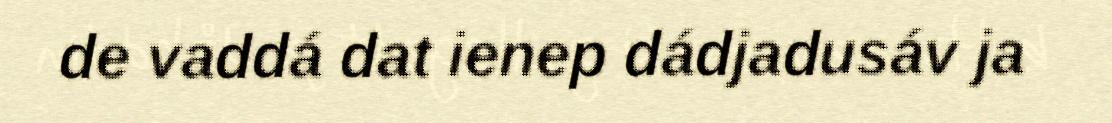
de vaddá dat ienep dádjadusáv ja